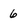
Character: 6